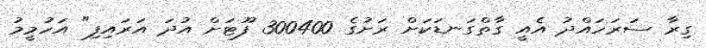
ގިރާ ސަރަހައްދު އެއީ ގާތްގަނޑަކަށް ރަށުގެ 300400 ފޫޓަށް އުދަ އަރައިފި" އަހުމީމު